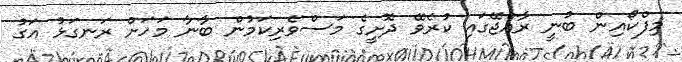
މިފްކޯއިން ބުނީ ރާއްޖޭގައި ކުރެވޭ ދޮށީގެ މަސްވެރިކަމުން ބާނާ މަހަށް ރަނގަޅު އަގު